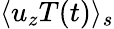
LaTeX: \langle u_{z}T(t)\rangle_{s}